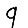
Digit: 9